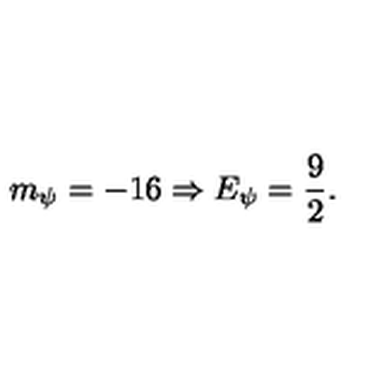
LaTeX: m _ { \psi } = - 1 6 \Rightarrow E _ { \psi } = \frac 9 2 .